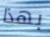
بهذا